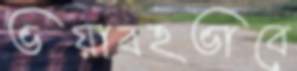
ভয়াবহভাবে